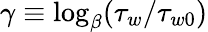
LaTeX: \gamma\equiv\log_{\beta}(\tau_{w}/\tau_{w0})